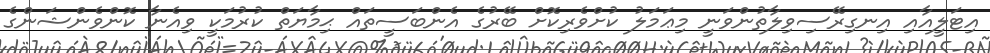
އިޓަލީއާއި އިނގިރޭސިވިލާތުންވަނީ މިޢަމަލު ކުށްވެރިކޮށް ބޭރުގެ އެންބަސީތައް ޙިމާޔަތް ކުރުމަކީ ވިއެނާ ކޮންވެންޝަންގެ